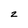
Character: 2